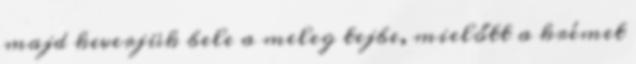
majd keverjük bele a meleg tejbe, mielőtt a krémet